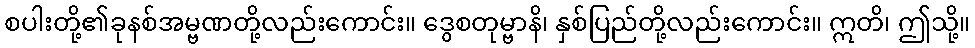
စပါးတို့၏ခုနစ်အမ္ဗဏတို့လည်းကောင်း။ ဒွေစတုမ္ဗာနိ၊ နှစ်ပြည်တို့လည်းကောင်း။ ဣတိ၊ ဤသို့။